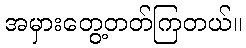
အမှားတွေ့တတ်ကြတယ်။